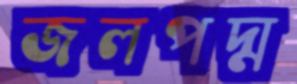
জলপদ্ম